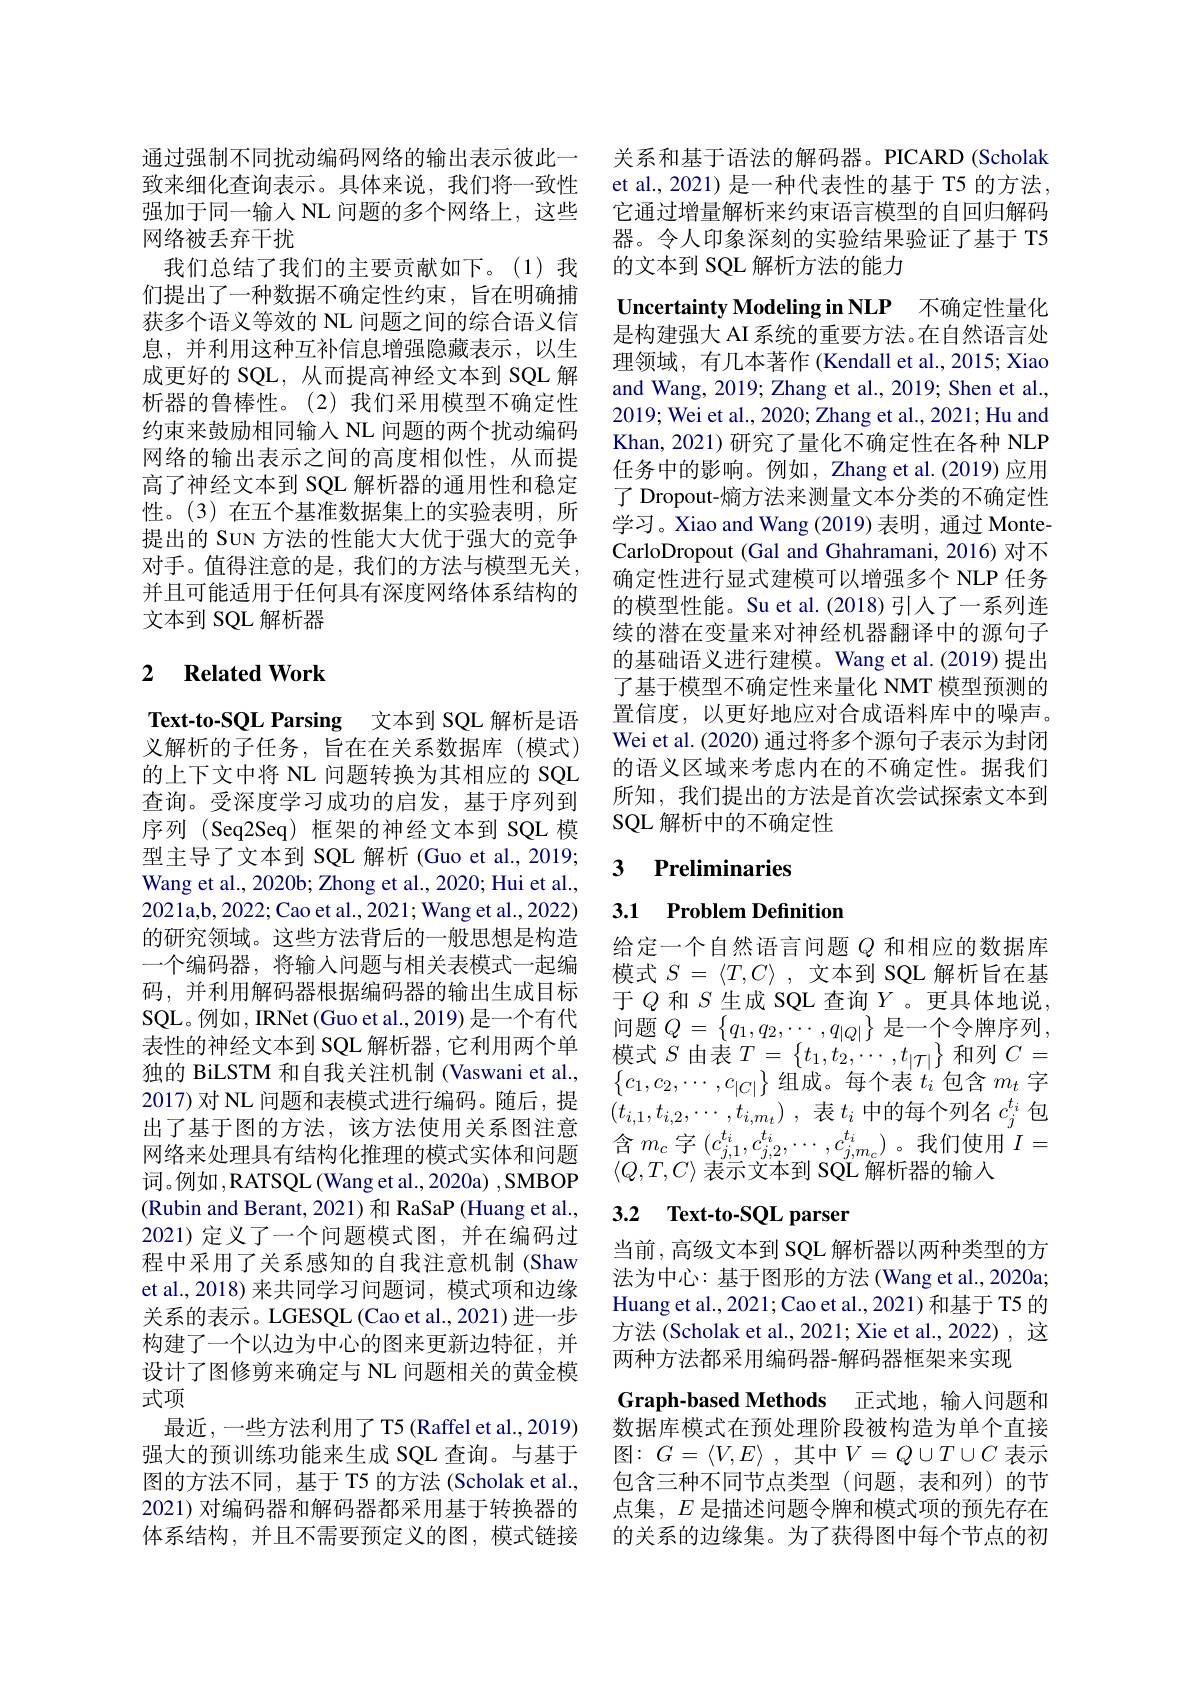
致来细化查询表示。具体来说，我们将一致性强加于同一输入 NL 问题的多个网络上，这些网络被丢弃干扰
我们总结了我们的主要贡献如下。(1)我们提出了一种数据不确定性约束，旨在明确捕获多个语义等效的 NL 问题之间的综合语义信息，并利用这种互补信息增强隐藏表示，以生成更好的 SQL, 从而提高神经文本到 SQL 解析器的鲁棒性。(2)我们采用模型不确定性约束来鼓励相同输入 NL 问题的两个扰动编码网络的输出表示之间的高度相似性，从而提高了神经文本到 SQL 解析器的通用性和稳定性。(3)在五个基准数据集上的实验表明，所提出的 SuN 方法的性能大大优于强大的竞争对手。值得注意的是，我们的方法与模型无关， 并且可能适用于任何具有深度网络体系结构的文本到 SQL 解析器

## 2 $\textbf{Related Work}$

Text-to-SQL Parsing 文本到 SQL 解析是语义解析的子任务，旨在在关系数据库(模式) 的上下文中将 NL 问题转换为其相应的 SQL 查询。受深度学习成功的启发，基于序列到序列 (Seq2Seq) 框架的神经文本到 SQL 模型主导了文本到 SQL 解析 (Guo et al., 2019; Wang et al., 2020b; Zhong et al., 2020; Hui et al., 2021a,b,2022;Cao et al.,2021;Wang et al.,2022) 的研究领域。这些方法背后的一般思想是构造一个编码器，将输入问题与相关表模式一起编码，并利用解码器根据编码器的输出生成目标SQL。例如，IRNet (Guo et al., 2019) 是一个有代表性的神经文本到 SQL 解析器，它利用两个单独的 BiLSTM 和自我关注机制 (Vaswani et al., 2017)对 NL 问题和表模式进行编码。随后，提出了基于图的方法，该方法使用关系图注意网络来处理具有结构化推理的模式实体和问题词。例如，RATSQL (Wang et al., 2020a) , SMBOP (Rubin and Berant, 2021) 和 RaSaP (Huang et al., 2021)定义了一个问题模式图，并在编码过程中采用了关系感知的自我注意机制 (Shaw et al., 2018) 来共同学习问题词，模式项和边缘关系的表示。LGESQL (Cao et al., 2021) 进一步构建了一个以边为中心的图来更新边特征，并设计了图修剪来确定与 NL 问题相关的黄金模式项
最近，一些方法利用了 T5 (Raffel et al.,2019) 强大的预训练功能来生成 SQL 查询。与基于图的方法不同，基于 T5 的方法 (Scholak et al., 2021) 对编码器和解码器都采用基于转换器的体系结构，并且不需要预定义的图，模式链接

通过强制不同扰动编码网络的输出表示彼此一 关系和基于语法的解码器。PICARD (Scholak
et al., 2021) 是一种代表性的基于 T5 的方法， 它通过增量解析来约束语言模型的自回归解码器。令人印象深刻的实验结果验证了基于 T5的文本到 SQL 解析方法的能力

Uncertainty Modeling in NLP 不确定性量化

是构建强大 AI 系统的重要方法。在自然语言处理领域，有几本著作 (Kendall et al., 2015; Xiao and Wang, 2019; Zhang et al., 2019; Shen et al., 2019; Wei et al., 2020; Zhang et al., 2021; Hu and Khan, 2021) 研究了量化不确定性在各种 NLP 任务中的影响。例如，Zhang et al.(2019)应用了 Dropout-熵方法来测量文本分类的不确定性学习。Xiao and Wang (2019) 表明，通过 MonteCarloDropout (Gal and Ghahramani, 2016) 对不确定性进行显式建模可以增强多个 NLP 任务的模型性能。Su et al.(2018)引人了一系列连续的潜在变量来对神经机器翻译中的源句子的基础语义进行建模。Wang et al.(2019) 提出了基于模型不确定性来量化 NMT 模型预测的置信度，以更好地应对合成语料库中的噪声。Wei et al. (2020) 通过将多个源句子表示为封闭的语义区域来考虑内在的不确定性。据我们所知，我们提出的方法是首次尝试探索文本到SQL 解析中的不确定性

## 3 Preliminaries

## 3.1 Problem Definition

给定一个自然语言问题$Q$和相应的数据库模式$S= \langle T, C\rangle$ ,文本到 SQL 解析旨在基于$Q$ 和$S$生成 SQL 查询 $Y$。更具体地说， 问题$Q=\left\{q_1,q_2,\cdots,q_{|Q|}\right\}$是一个令牌序列， 模式$S$由表$T=\left\{t_1,t_2,\cdots,t_{|\mathcal{T}|}\right\}$和列$C=$ $\left\{c_1,c_2,\cdots,c_{|C|}\right\}$组成。每个表$t_i$包含$m_t$字$( t_{i, 1}, t_{i, 2}, \cdots , t_{i, m_{t}})$ ,表$t_i$中的每个列名$c_j^t_i$包$\begin{array}{l}{\text{含 }m_{c}}&{\text{字 }(c_{j,1}^{t_{i}},c_{j,2}^{t_{i}},\cdots,c_{j,m_{c}}^{t_{i}})\text{。我们使用}}\\{\:n_{C}}&{\:n_{C}}\end{array}I=$ $\langle Q,T,C\rangle$表示文本到 SQL 解析器的输入

## 3.2 $\textbf{Text- to- SQL parser}$

当前，高级文本到 SQL 解析器以两种类型的方法为中心：基于图形的方法 (Wang et al., 2020a; Huang et al., 2021; Cao et al., 2021) 和基于 T5 的方法 (Scholak et al., 2021; Xie et al., 2022), 这两种方法都采用编码器-解码器框架来实现
Graph-based Methods 正式地，输入问题和数据库模式在预处理阶段被构造为单个直接图：$G=\langle V,E\rangle$ ,其中$V=Q\cup T\cup C$表示包含三种不同节点类型(问题，表和列)的节点集，$E$是描述问题令牌和模式项的预先存在的关系的边缘集。为了获得图中每个节点的初